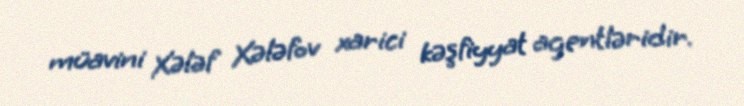
müavini Xələf Xələfov xarici kəşfiyyat agentləridir.